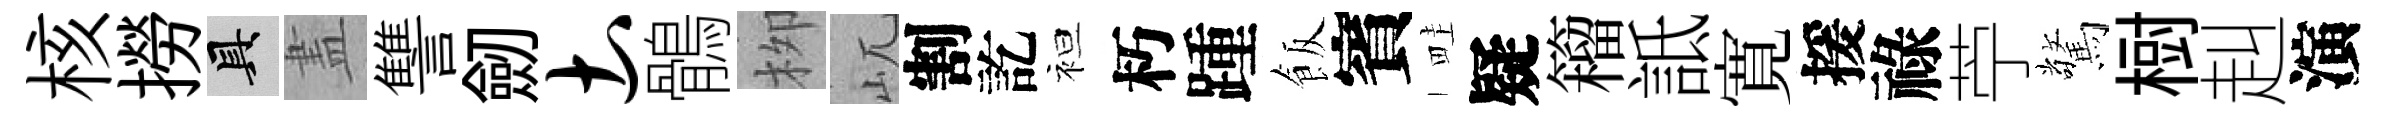
核撈具𥁞讐劒土鶻栁屼割訖袒朽踵飯賓畦疑籕詆寛援祿苧驚𣗳赳演